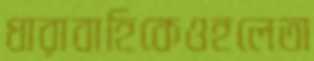
ধারাবাহিকেওহলেতা